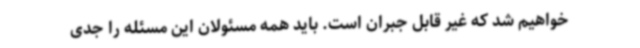
خواهیم شد که غیر قابل جبران است. باید همه مسئولان این مسئله را جدی